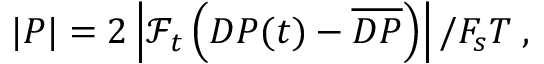
| P | = 2 \left| \mathcal { F } _ { t } \left( D P ( t ) - \overline { { D P } } \right) \right| / F _ { s } T \; ,